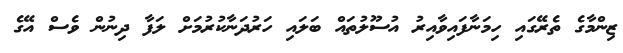
ޒިންމާގެ ތެރޭގައި ހިމަނާފައިވާއިރު އުސޫލުތައް ބަލައި ހަރުދަނާކުރުމަށް ލަފާ ދިނުން ވެސް އޭގެ